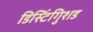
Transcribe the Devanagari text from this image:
डिस्टिंगुिशड